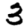
Digit: 3